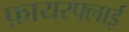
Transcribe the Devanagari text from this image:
फ़ायरफ्लाई